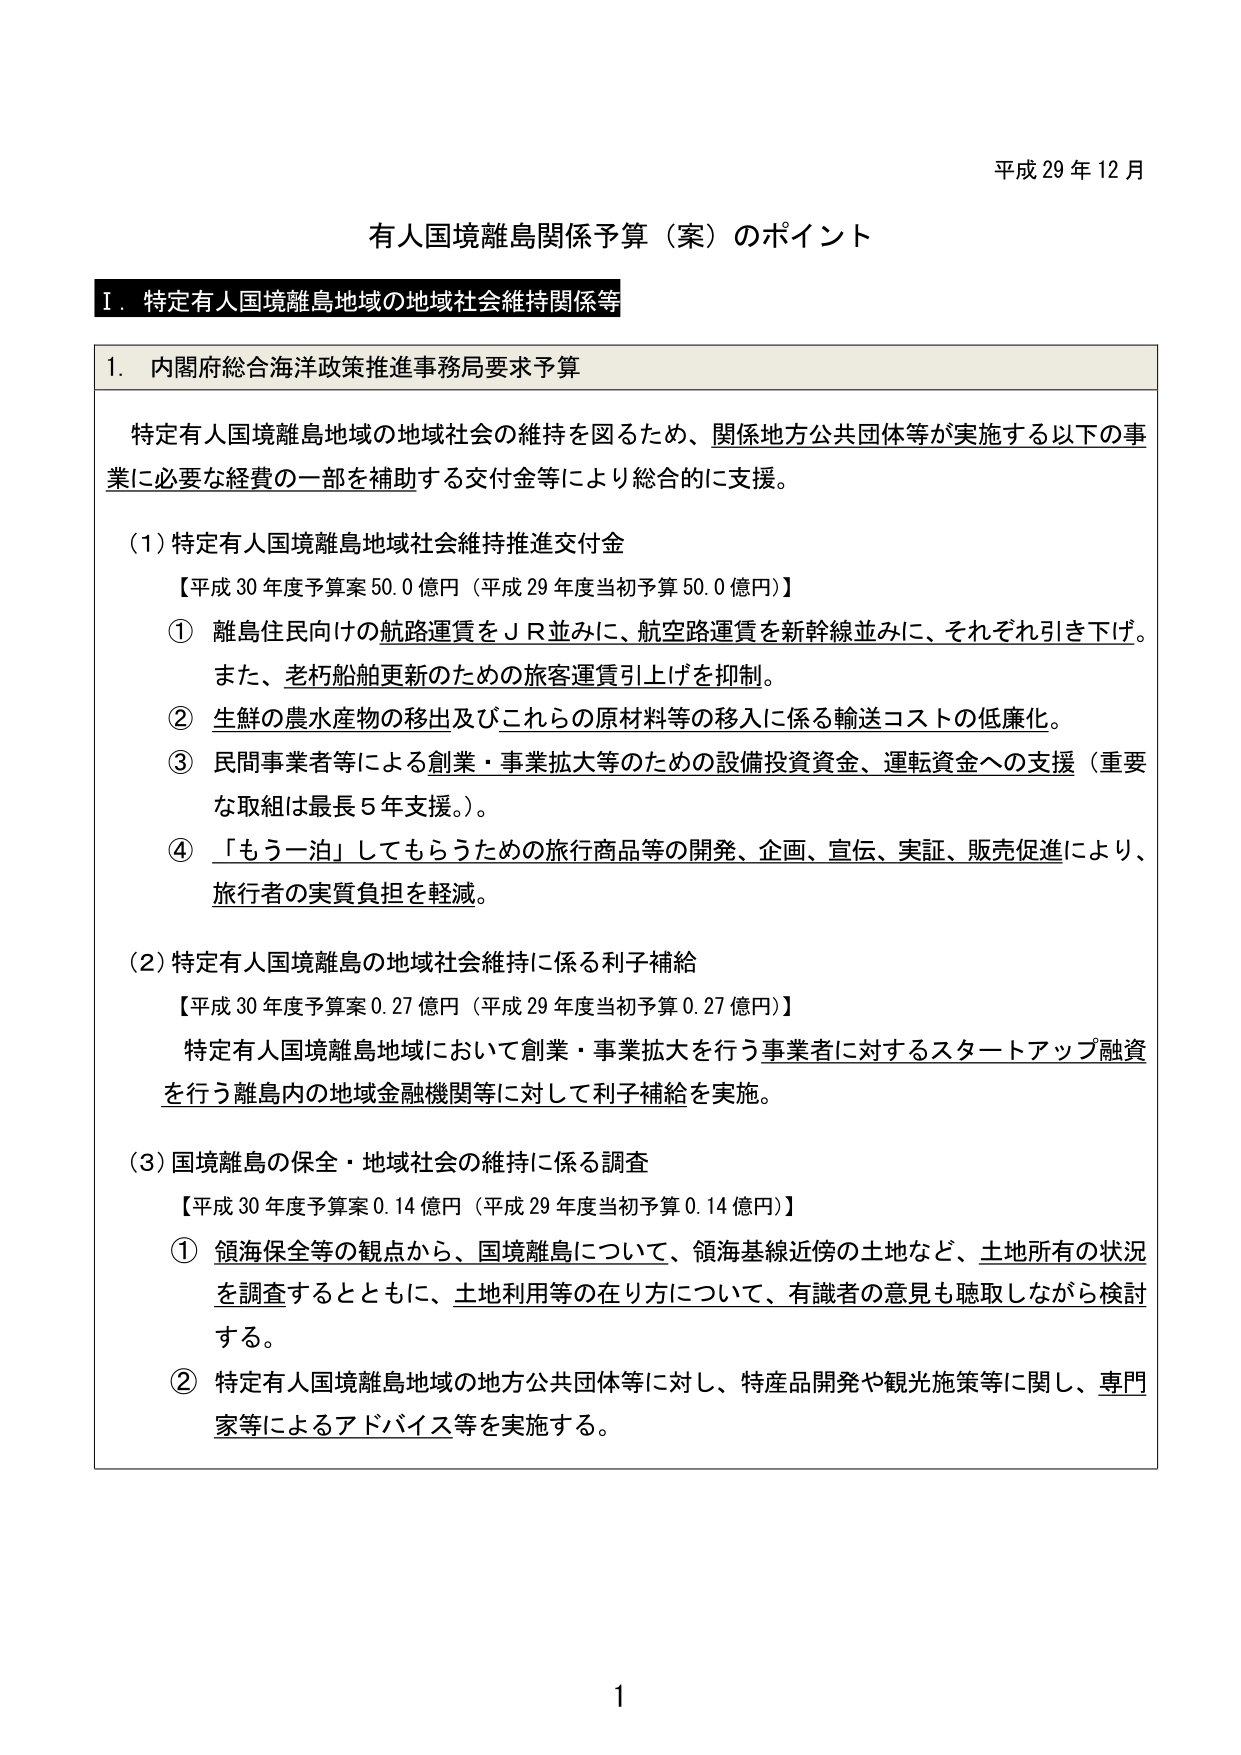
平成 29 年 12 月

有人国境離島関係予算（案）のポイント

Ⅰ．特定有人国境離島地域の地域社会維持関係等

1．内閣府総合海洋政策推進事務局要求予算

特定有人国境離島地域の地域社会の維持を図るため、関係地方公共団体等が実施する以下の事業に必要な経費の一部を補助する交付金等により総合的に支援。

（1）特定有人国境離島地域社会維持推進交付金
【平成 30 年度予算案 50.0 億円（平成 29 年度当初予算 50.0 億円）】
① 離島住民向けの航路運賃をＪＲ並みに、航空路運賃を新幹線並みに、それぞれ引き下げ。また、老朽船舶更新のための旅客運賃引上げを抑制。
② 生鮮の農水産物の移出及びこれらの原材料等の移入に係る輸送コストの低廉化。
③ 民間事業者等による創業・事業拡大等のための設備投資資金、運転資金への支援（重要な取組は最長５年支援。）。
④ 「もう一泊」してもらうための旅行商品等の開発、企画、宣伝、実証、販売促進により、旅行者の実質負担を軽減。

（2）特定有人国境離島の地域社会維持に係る利子補給
【平成 30 年度予算案 0.27 億円（平成 29 年度当初予算 0.27 億円）】
特定有人国境離島地域において創業・事業拡大を行う事業者に対するスタートアップ融資を行う離島内の地域金融機関等に対して利子補給を実施。

（3）国境離島の保全・地域社会の維持に係る調査
【平成 30 年度予算案 0.14 億円（平成 29 年度当初予算 0.14 億円）】
① 領海保全等の観点から、国境離島について、領海基線近傍の土地など、土地所有の状況を調査するとともに、土地利用等の在り方について、有識者の意見も聴取しながら検討する。
② 特定有人国境離島地域の地方公共団体等に対し、特産品開発や観光施策等に関し、専門家等によるアドバイス等を実施する。

1